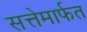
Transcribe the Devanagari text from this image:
सत्तेमार्फत